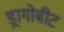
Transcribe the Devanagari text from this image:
ड्रागोबीट